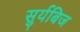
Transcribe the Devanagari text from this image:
सुर्यबिज